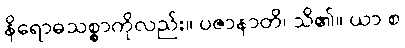
နိရောဓသစ္စာကိုလည်း။ ပဇာနာတိ၊ သိ၏။ ယာ စ